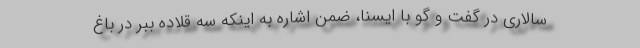
سالاری در گفت و گو با ایسنا، ضمن اشاره به اینکه سه قلاده ببر در باغ